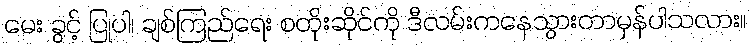
မေး ခွင့် ပြုပါ၊ ချစ်ကြည်ရေး စတိုးဆိုင်ကို ဒီလမ်းကနေသွားတာမှန်ပါသလား။